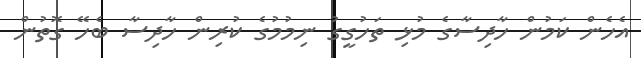
އެހެން ކަމުން ހާދިސާގެ މުޅި ތަހުގީގު ނިމުމުގެ ކުރިން ހާދިސާ ބެހޭ ގޮތުން